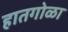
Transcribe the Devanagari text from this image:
हातगोळा